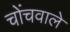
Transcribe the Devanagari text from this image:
चोंचवाले